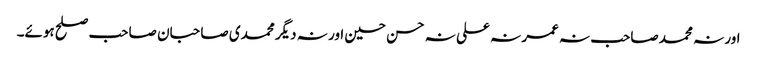
اور نہ محمد صاحب نہ عمر نہ علی نہ حسن حسین اور نہ دیگر محمدی صاحبان صاحب صلح ہوئے۔